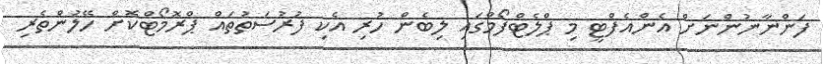
ފަންނާނުންނަށް އެންއެފްޓީ މި ޕްލެޓްފޯމްގައި ލިބެން ހުރި އެކި ފުރުސަތުތައް ޕްރޮމޯޓްކޮށް ހޭލުންތެރި